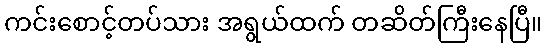
ကင်းစောင့်တပ်သား အရွယ်ထက် တဆိတ်ကြီးနေပြီ။